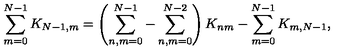
\sum _ { m = 0 } ^ { N - 1 } K _ { N - 1 , m } = \left( \sum _ { n , m = 0 } ^ { N - 1 } - \sum _ { n , m = 0 } ^ { N - 2 } \right) K _ { n m } - \sum _ { m = 0 } ^ { N - 1 } K _ { m , N - 1 } ,